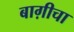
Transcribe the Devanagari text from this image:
बाग़ीचा